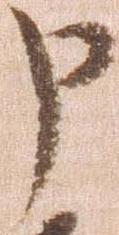
申